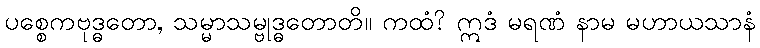
ပစ္စေကဗုဒ္ဓတော, သမ္မာသမ္ဗုဒ္ဓတောတိ။ ကထံ? ဣဒံ မရဏံ နာမ မဟာယသာနံ